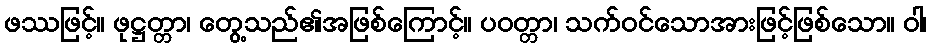
ဖဿဖြင့်။ ဖုဋ္ဌတ္တာ၊ တွေ့သည်၏အဖြစ်ကြောင့်။ ပဝတ္တာ၊ သက်ဝင်သောအားဖြင့်ဖြစ်သော။ ဝါ၊